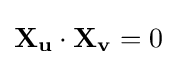
\mathbf {X_{u}} \cdot \mathbf {X_{v}} =0